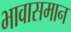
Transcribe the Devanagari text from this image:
भावासमान